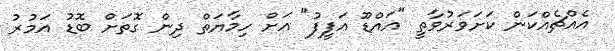
އެއްޗެއްކަން ކަށަވަރުވާތީ "އައްޑޫ އަފީފު" އަށް ހިމާޔަތް ދިން ގޮތަށް ބޮޑު އަމުރު